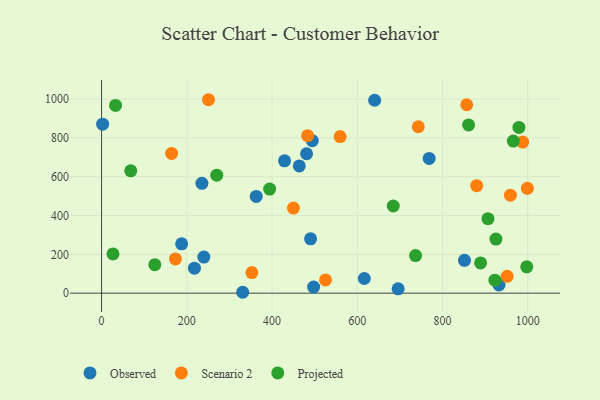
{"axis": {"x": "Investment", "y": "Fuel Efficiency"}, "legend": ["Observed", "Projected", "Scenario 2"], "data": [{"x": "768.5", "y": 694.5, "type": "Observed"}, {"x": "217.9", "y": 128.8, "type": "Observed"}, {"x": "490.3", "y": 280.2, "type": "Observed"}, {"x": "480.9", "y": 718.5, "type": "Observed"}, {"x": "932.3", "y": 42.1, "type": "Observed"}, {"x": "695.7", "y": 22.2, "type": "Observed"}, {"x": "851.4", "y": 169.5, "type": "Observed"}, {"x": "187.9", "y": 254.4, "type": "Observed"}, {"x": "429.3", "y": 682.0, "type": "Observed"}, {"x": "235.4", "y": 566.3, "type": "Observed"}, {"x": "331.1", "y": 4.6, "type": "Observed"}, {"x": "497.5", "y": 31.6, "type": "Observed"}, {"x": "640.6", "y": 994.3, "type": "Observed"}, {"x": "2.5", "y": 871.0, "type": "Observed"}, {"x": "616.4", "y": 75.6, "type": "Observed"}, {"x": "494.3", "y": 785.9, "type": "Observed"}, {"x": "362.8", "y": 498.6, "type": "Observed"}, {"x": "463.8", "y": 655.8, "type": "Observed"}, {"x": "239.9", "y": 186.0, "type": "Observed"}, {"x": "483.3", "y": 811.9, "type": "Scenario 2"}, {"x": "856.6", "y": 971.1, "type": "Scenario 2"}, {"x": "880.0", "y": 554.3, "type": "Scenario 2"}, {"x": "998.9", "y": 540.4, "type": "Scenario 2"}, {"x": "525.4", "y": 68.4, "type": "Scenario 2"}, {"x": "250.8", "y": 997.1, "type": "Scenario 2"}, {"x": "743.0", "y": 857.9, "type": "Scenario 2"}, {"x": "959.1", "y": 505.2, "type": "Scenario 2"}, {"x": "559.6", "y": 807.4, "type": "Scenario 2"}, {"x": "450.1", "y": 438.5, "type": "Scenario 2"}, {"x": "352.6", "y": 105.9, "type": "Scenario 2"}, {"x": "951.4", "y": 87.0, "type": "Scenario 2"}, {"x": "164.3", "y": 720.4, "type": "Scenario 2"}, {"x": "987.9", "y": 778.7, "type": "Scenario 2"}, {"x": "173.3", "y": 176.3, "type": "Scenario 2"}, {"x": "979.1", "y": 854.3, "type": "Projected"}, {"x": "394.3", "y": 536.7, "type": "Projected"}, {"x": "922.7", "y": 66.9, "type": "Projected"}, {"x": "68.5", "y": 630.4, "type": "Projected"}, {"x": "906.4", "y": 384.0, "type": "Projected"}, {"x": "925.1", "y": 278.9, "type": "Projected"}, {"x": "889.1", "y": 156.1, "type": "Projected"}, {"x": "997.4", "y": 136.0, "type": "Projected"}, {"x": "965.9", "y": 783.8, "type": "Projected"}, {"x": "26.8", "y": 202.1, "type": "Projected"}, {"x": "736.6", "y": 193.9, "type": "Projected"}, {"x": "124.9", "y": 147.1, "type": "Projected"}, {"x": "860.9", "y": 867.1, "type": "Projected"}, {"x": "32.8", "y": 967.6, "type": "Projected"}, {"x": "270.2", "y": 608.2, "type": "Projected"}, {"x": "684.3", "y": 449.2, "type": "Projected"}]}